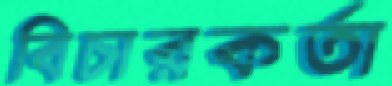
বিচারকর্তা